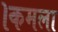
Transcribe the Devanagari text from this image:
।कमला